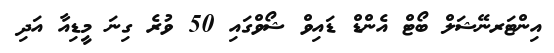
އިންޓަރނޭޝަލް ބޯޓް އެންޑް ޑައިވް ޝޯވްގައި 50 ވުރެ ގިނަ މީޑިއާ އަދި